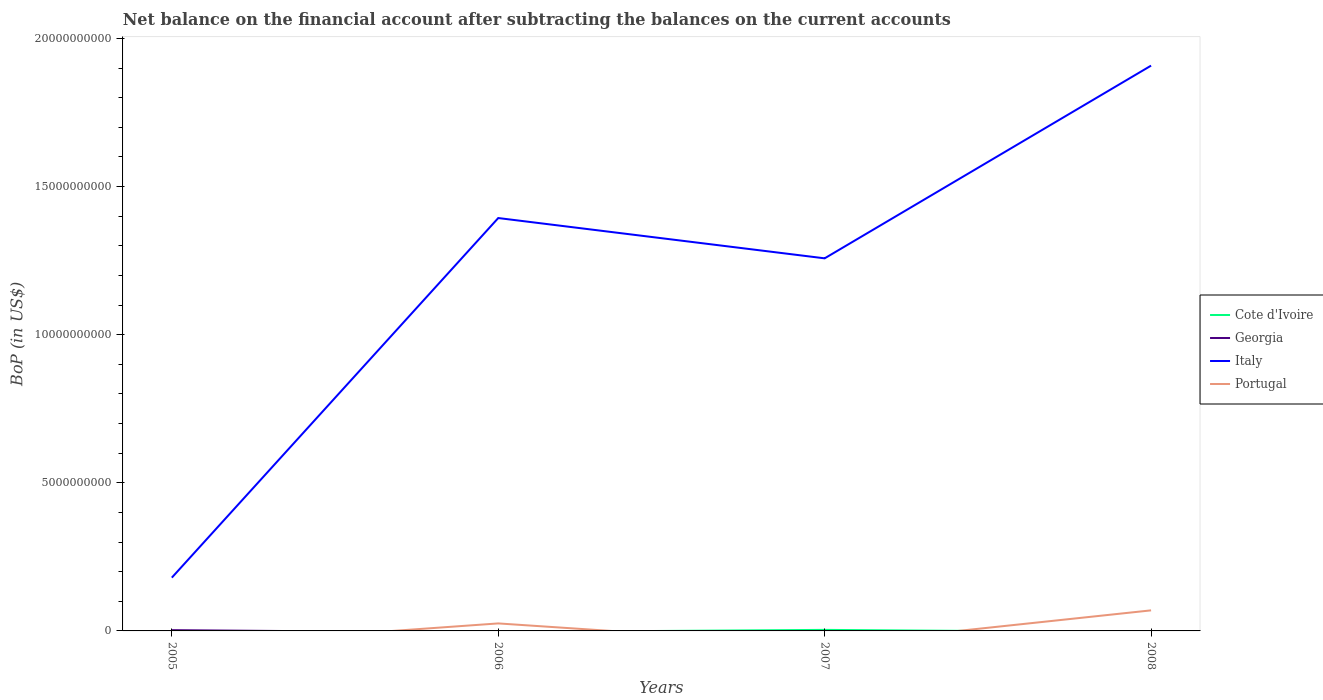
| Years | Cote d'Ivoire | Georgia | Italy | Portugal |
 | --- | --- | --- | --- | --- |
 | 2005 | -3.82e+07 | 2.65e+07 | 1.8e+09 | -5.31e+08 |
 | 2006 | -3.76e+07 | -5.95e+07 | 1.39e+10 | 2.53e+08 |
 | 2007 | 3.52e+07 | -3.6e+07 | 1.26e+10 | -4.81e+08 |
 | 2008 | -4.39e+07 | -5.99e+07 | 1.91e+10 | 6.94e+08 |